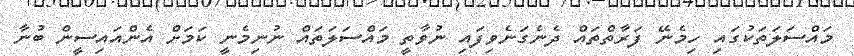
މައްސަލަތަކުގައި ހިމެނޭ ފަރާތްތައް ދެނެގަނެވިފައި ނުވާތީ މައްސަލަތައް ނުނިމެނީ ކަމަށް އެންއައިސީން ބުނާ